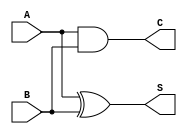
module half_adder(A,B,S,C);
input A,B;
output S,C;
xor g1(S,A,B);
and g2(C,A,B);
endmodule